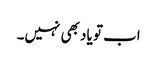
اب تو یاد بھی نہیں۔